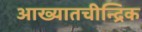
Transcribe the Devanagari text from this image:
आख्यातचीन्द्रिक